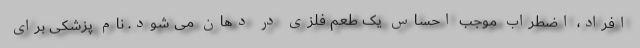
افراد، اضطراب موجب احساس یک طعم فلزی در دهان می شود. نام پزشکی برای